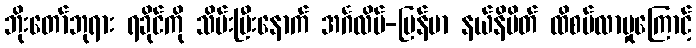
ဘိုးတော်ဘုရား ရခိုင်ကို သိမ်းပြီးနောက် အင်္ဂလိပ်-မြန်မာ နယ်နိမိတ် ထိစပ်လာမှုကြောင့်